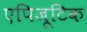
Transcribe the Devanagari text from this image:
एपिजूटिक